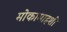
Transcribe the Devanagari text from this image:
मोकामाहशी